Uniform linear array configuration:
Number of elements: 32
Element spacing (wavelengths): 0.75
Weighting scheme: binomial
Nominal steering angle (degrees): -60
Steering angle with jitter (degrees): -58.284
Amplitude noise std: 0.05
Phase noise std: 0.05

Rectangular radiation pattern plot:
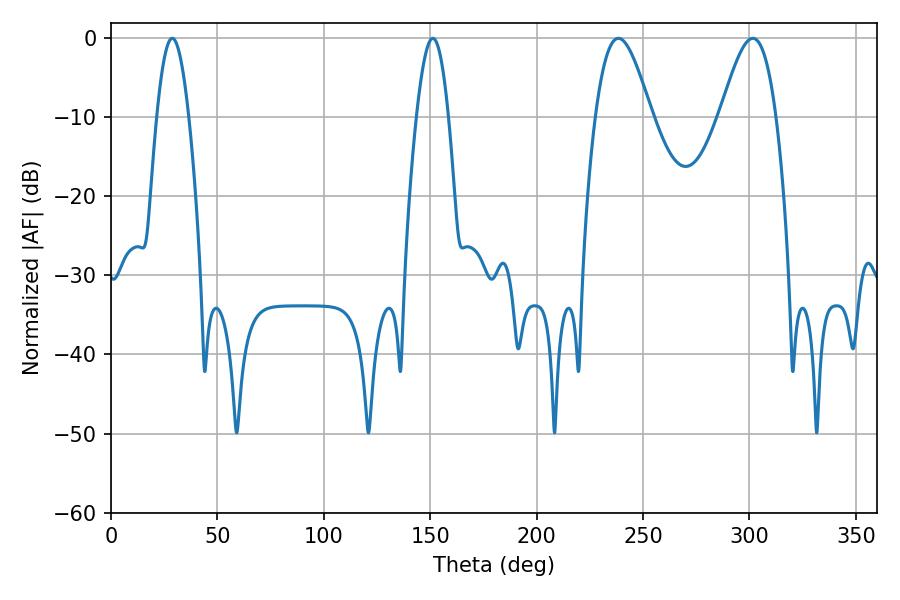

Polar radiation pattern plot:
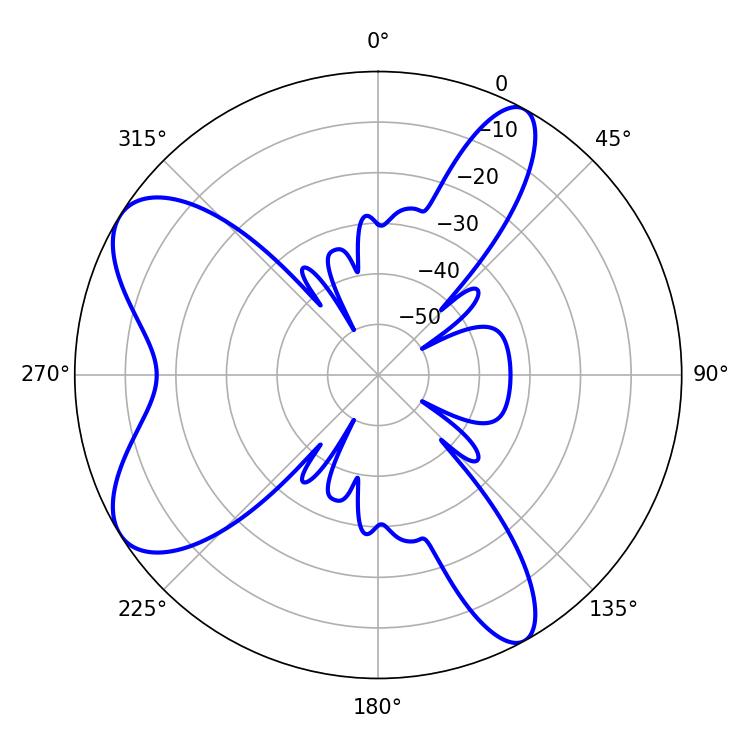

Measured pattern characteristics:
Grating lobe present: TRUE
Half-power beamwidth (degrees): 8.1
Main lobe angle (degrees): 28.8